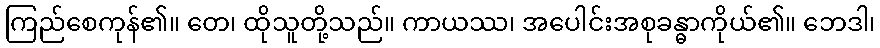
ကြည်စေကုန်၏။ တေ၊ ထိုသူတို့သည်။ ကာယဿ၊ အပေါင်းအစုခန္ဓာကိုယ်၏။ ဘေဒါ၊